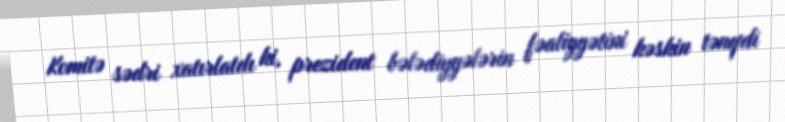
Komitə sədri xatırlatdı ki, prezident bələdiyyələrin fəaliyyətini kəskin tənqdi